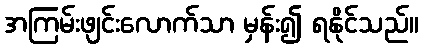
အကြမ်းဖျင်းလောက်သာ မှန်း၍ ရနိုင်သည်။